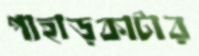
পাহাড়কাটার